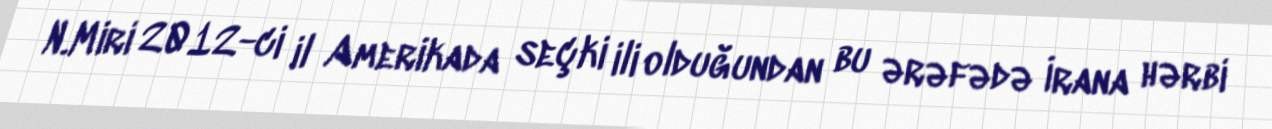
N.Miri 2012-ci il Amerikada seçki ili olduğundan bu ərəfədə İrana hərbi